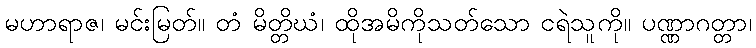
မဟာရာဇ၊ မင်းမြတ်။ တံ မိတ္တိဃံ၊ ထိုအမိကိုသတ်သော ငရဲသူကို။ ပဏ္ဏာဂတ္တာ၊